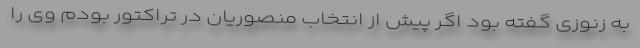
به زنوزی گفته بود اگر پیش از انتخاب منصوریان در تراکتور بودم وی را